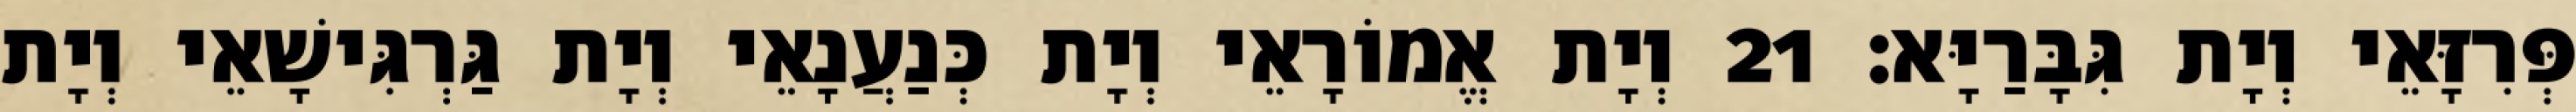
פְּרִזָּאֵי וְיָת גִּבָּרַיָּא׃ 21 וְיָת אֱמוֹרָאֵי וְיָת כְּנַעֲנָאֵי וְיָת גַּרְגִּישָׁאֵי וְיָת